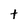
Character: t